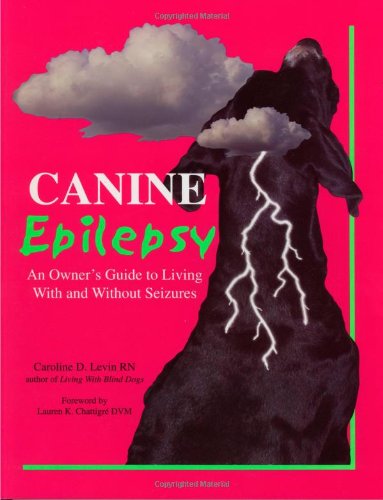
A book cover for Canine Epilepsy: An Owner's Guide to Living With and Without Seizures; Caroline D. Levin; Health, Fitness & Dieting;